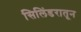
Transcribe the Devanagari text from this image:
सिलिंडरातून